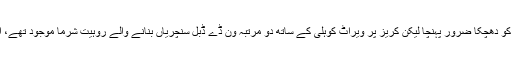
چائے کے وقفے کے بعد ایک ہی اوور میں مرلی وجے اور اجنکیا راہانے کے آؤٹ ہونے سے بھارت کو دھچکا ضرور پہنچا لیکن کریز پر ویراٹ کوہلی کے ساتھ دو مرتبہ ون ڈے ڈبل سنچریاں بنانے والے روہیت شرما موجود تھے، اور اس وقت تک رہے جب تک کہ بھارت کو آخری 21 اوورز میں صرف 90 رنز کی ضرورت تھی۔